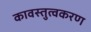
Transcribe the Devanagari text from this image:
कावस्तुत्वकरण